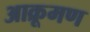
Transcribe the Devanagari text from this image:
आक्रूमण